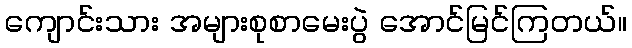
ကျောင်းသား အများစုစာမေးပွဲ အောင်မြင်ကြတယ်။